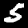
Label: 5